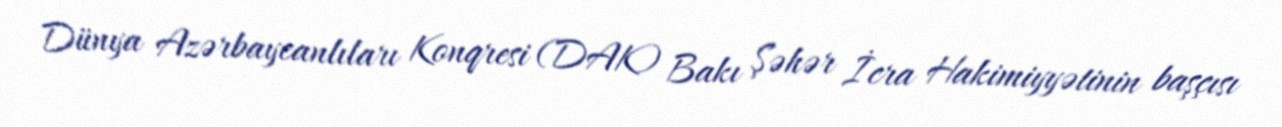
Dünya Azərbaycanlıları Konqresi (DAK) Bakı Şəhər İcra Hakimiyyətinin başçısı